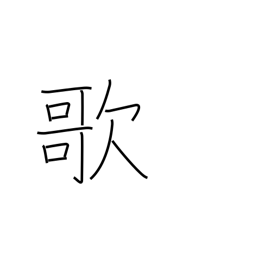
Meaning: sing